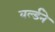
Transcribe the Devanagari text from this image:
वर्ल्डने